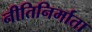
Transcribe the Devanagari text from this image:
नीतिनिर्माता